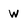
Character: w